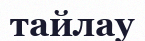
тайлау